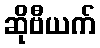
ဆိုဗီယက်